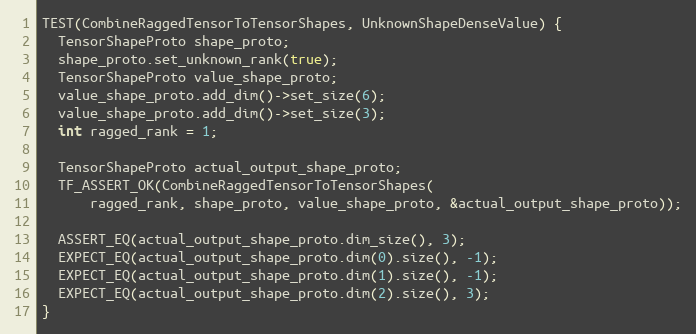
Language: C++
TEST(CombineRaggedTensorToTensorShapes, UnknownShapeDenseValue) {
  TensorShapeProto shape_proto;
  shape_proto.set_unknown_rank(true);
  TensorShapeProto value_shape_proto;
  value_shape_proto.add_dim()->set_size(6);
  value_shape_proto.add_dim()->set_size(3);
  int ragged_rank = 1;

  TensorShapeProto actual_output_shape_proto;
  TF_ASSERT_OK(CombineRaggedTensorToTensorShapes(
      ragged_rank, shape_proto, value_shape_proto, &actual_output_shape_proto));

  ASSERT_EQ(actual_output_shape_proto.dim_size(), 3);
  EXPECT_EQ(actual_output_shape_proto.dim(0).size(), -1);
  EXPECT_EQ(actual_output_shape_proto.dim(1).size(), -1);
  EXPECT_EQ(actual_output_shape_proto.dim(2).size(), 3);
}